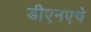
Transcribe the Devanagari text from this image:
डीएनएचे